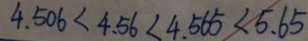
4 . 5 0 6 < 4 . 5 6 < 4 . 5 6 5 < 5 . 6 5